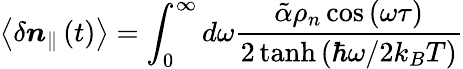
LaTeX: \left<\delta\boldsymbol{n}_{\parallel}\left(t\right)\right>=\int_{0}^{\infty}{d\omega\frac{\tilde{\alpha}\rho_{n}\cos\left(\omega\tau\right)}{2\operatorname{tanh}\left(\hbar\omega/2k_{B}T\right)}}